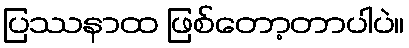
ပြဿနာထ ဖြစ်တော့တာပါပဲ။